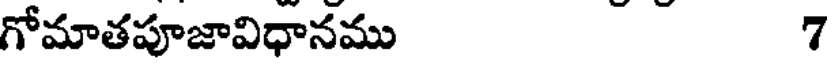
గోమాతపూజావిధానము 7